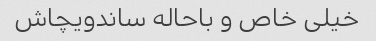
خیلی خاص و باحاله ساندویچاش